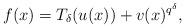
LaTeX: \begin{align*} f(x)=T_\delta(u(x))+v(x)^{q^\delta},\end{align*}